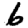
Digit: 6